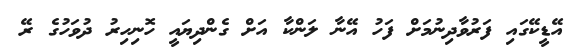
އޭޑީކޭގައި ފަރުވާދިނުމަށް ފަހު އޭނާ ލަންކާ އަށް ގެންދިޔައީ ހޮނިހިރު ދުވަހުގެ ރޭ